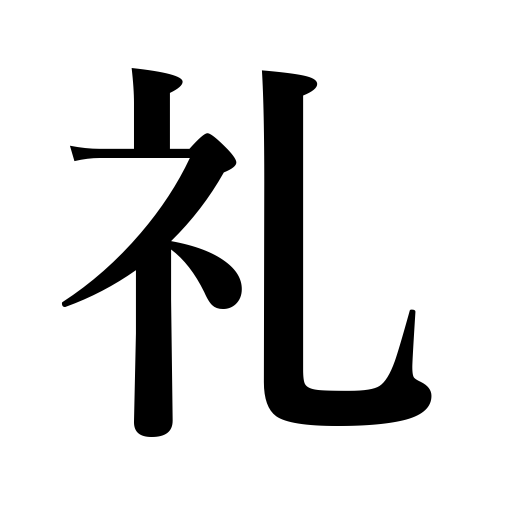
Meanings: thanks,remuneration,propriety,ceremony,appreciation,salutation,courtesy,bow,salute,return present